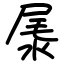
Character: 㞙